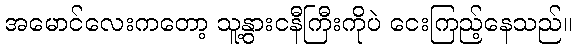
အမောင်လေးကတော့ သူ့နွားငနီကြီးကိုပဲ ငေးကြည့်နေသည်။